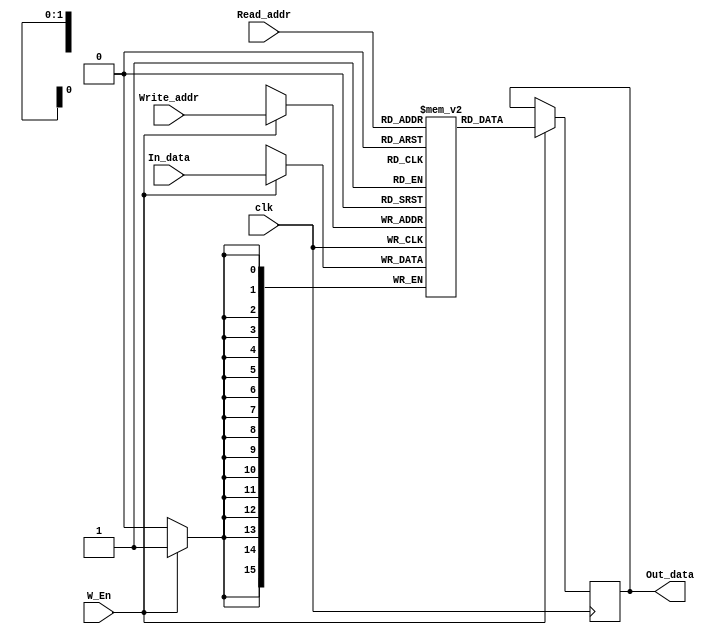
module Register_File(Read_addr,Write_addr,clk,In_data,W_En,Out_data);
//n_reg=4;
parameter sel=2;
parameter data_width=16;
input clk,W_En;
input [sel-1:0] Read_addr,Write_addr;
input [data_width-1:0] In_data;
output reg [data_width-1:0] Out_data;
reg [data_width-1:0] reg_array[2**sel-1:0];
always@(posedge clk)
begin 
if(W_En)
begin
 reg_array[Write_addr]<=In_data;
 Out_data<=reg_array[Read_addr];
end
else ;
end
endmodule